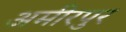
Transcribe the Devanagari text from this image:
अमीरपुर